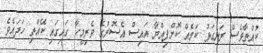
ކުއްތާވެސް ރަނގަޅު ކަމެއް ކޮށްފިއްޔާ އައިސް އެސޮރުގެ ވެރިމީހާ ގައިގައި ކޭއްތި ހަދައެވެ.